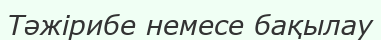
Тәжірибе немесе бақылау